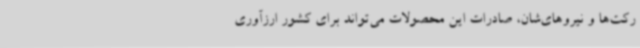
رکت‌ها و نیروهای‌شان، صادرات این محصولات می‌تواند برای کشور ارزآوری